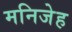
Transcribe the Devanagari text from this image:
मनिजेह